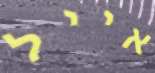
אייל